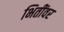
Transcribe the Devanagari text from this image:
भितींवर